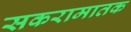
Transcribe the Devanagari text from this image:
सकरामातक